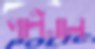
পাল্টালে